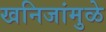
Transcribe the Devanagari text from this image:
खनिजांमुळे